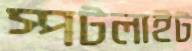
স্পটলাইট